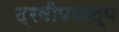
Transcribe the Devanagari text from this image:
द्रवीपकल्प